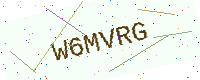
Text: W6MVRG